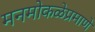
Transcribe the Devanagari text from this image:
मनमोकळेप्रमाणे